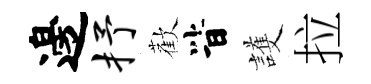
邊抒歡𣅜護拉